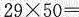
$$2 9 \times 5 0 =$$